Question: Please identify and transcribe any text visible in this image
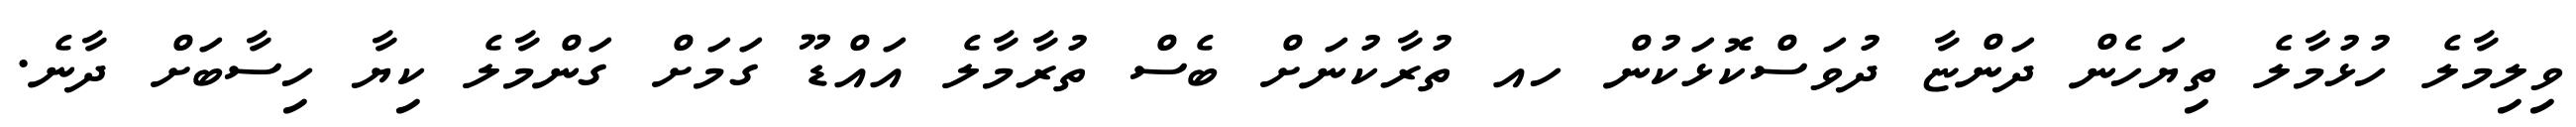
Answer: ވިލިމާލެ ހުޅުމާލެ ތިޔަހެން ދަންޏާ ދުވަސްކޮޅަކުން ހއ ތުރާކުނަށް ބެސް ތުރާމާލެ އައްޑޫ ގަމަށް ގަންމާލެ ކިޔާ ހިސާބަށް ދާނެ.